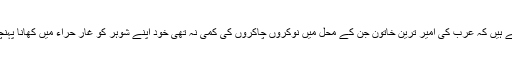
اس کے بعد ہم دیکھتے ہیں کہ عرب کی امیر ترین خاتون جن کے محل میں نوکروں چاکروں کی کمی نہ تھی خود اپنے شوہر کو غار حراء میں کھانا پہنچانے جایا کرتی تھیں۔